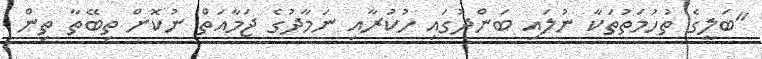
"ބަލީގެ ތުހުމަތުތަކާ ނުލައި ބަންދުގައި ހުކުރާއި ނަމާދުގެ ޖަމާއަތް ނުކޮށް ތިބޭތާ ތިން